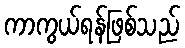
ကာကွယ်ရန်ဖြစ်သည်